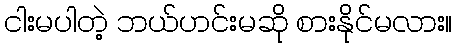
ငါးမပါတဲ့ ဘယ်ဟင်းမဆို စားနိုင်မလား။